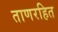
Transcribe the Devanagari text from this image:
ताणरहित